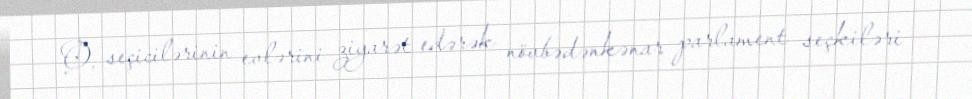
O, seçicilərinin evlərini ziyarət edərək növbədənkənar parlament seçkiləri